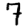
Digit: 7